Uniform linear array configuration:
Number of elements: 8
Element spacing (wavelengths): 0.5
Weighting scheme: blackman
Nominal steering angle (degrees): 0
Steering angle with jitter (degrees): -1.913
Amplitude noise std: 0.05
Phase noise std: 0.05

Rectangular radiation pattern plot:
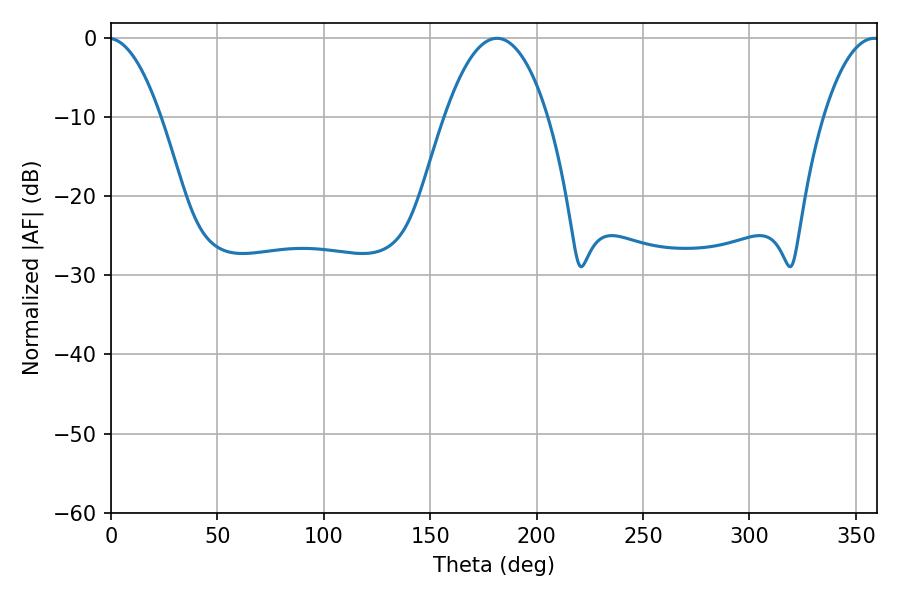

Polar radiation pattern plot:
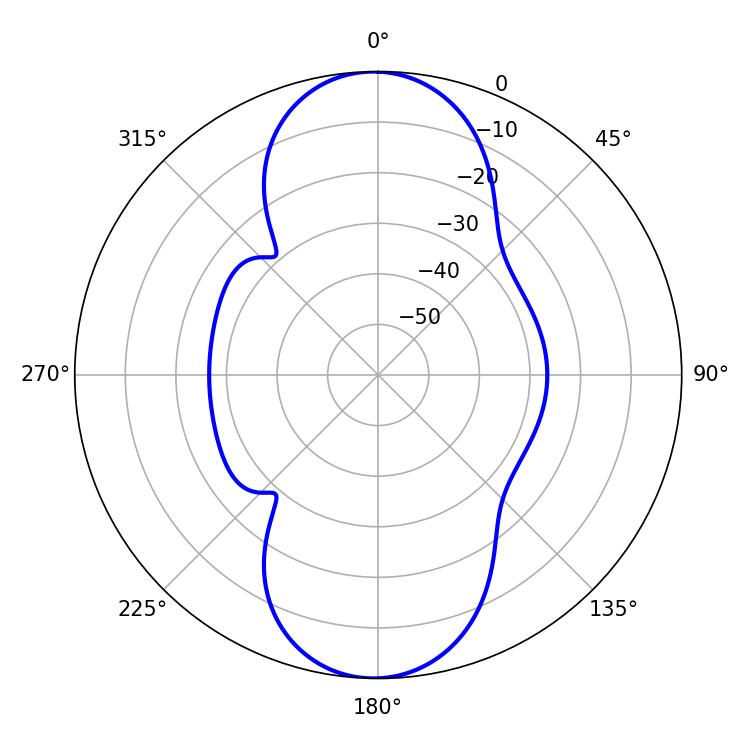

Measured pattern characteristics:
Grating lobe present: FALSE
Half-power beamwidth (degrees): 27
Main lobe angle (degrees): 181.44